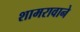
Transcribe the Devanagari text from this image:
शामरावाने